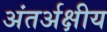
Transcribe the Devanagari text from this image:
अंतर्अक्षीय